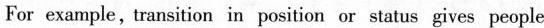
For example, transition in position or status gives people